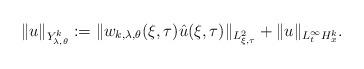
LaTeX: \begin{align*} \|u\|_{Y^{k}_{\lambda,\theta}}:=\|w_{k,\lambda,\theta}(\xi,\tau) \hat{u}(\xi,\tau) \|_{L^2_{\xi,\tau}}+\|u\|_{L^{\infty}_t H^k_x}.\end{align*}